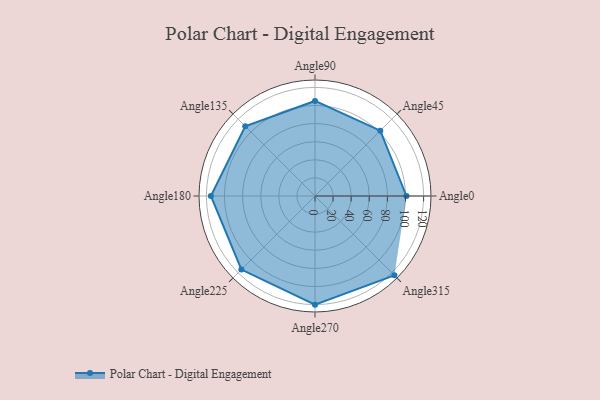
{"axis": {"x": "Angle", "y": "Radius"}, "legend": [""], "data": [{"x": "Angle0", "y": 101.0, "type": ""}, {"x": "Angle45", "y": 102.0, "type": ""}, {"x": "Angle90", "y": 105.0, "type": ""}, {"x": "Angle135", "y": 109.0, "type": ""}, {"x": "Angle180", "y": 115.0, "type": ""}, {"x": "Angle225", "y": 115.0, "type": ""}, {"x": "Angle270", "y": 120.0, "type": ""}, {"x": "Angle315", "y": 124.0, "type": ""}]}